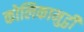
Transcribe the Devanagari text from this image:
कोलिकामुट्ठी